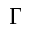
\Gamma